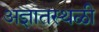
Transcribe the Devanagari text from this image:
अज्ञातस्थळी